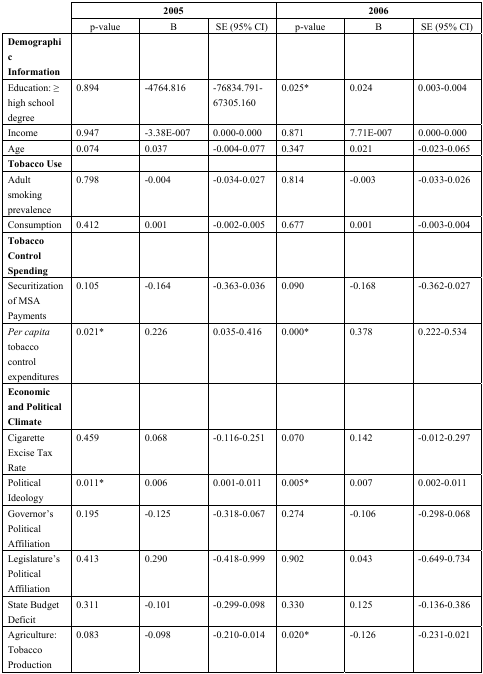
<table><thead><tr><td rowspan="2"></td><td colspan="3"><b>2005</b></td><td colspan="3"><b>2006</b></td></tr><tr><td><b>p-value</b></td><td><b>B</b></td><td><b>SE (95% CI)</b></td><td><b>p-value</b></td><td><b>B</b></td><td><b>SE (95% CI)</b></td></tr><tr><td><b>Demographi c Information</b></td><td></td><td></td><td></td><td></td><td></td><td></td></tr></thead><tbody><tr><td>Education:≥ high school degree</td><td>0.894</td><td>–4764.816</td><td>–76834.791–67305.160</td><td>0.025*</td><td>0.024</td><td>0.003–0.004</td></tr><tr><td>Income</td><td>0.947</td><td>–3.38E–007</td><td>0.000–0.000</td><td>0.871</td><td>7.71E–007</td><td>0.000–0.000</td></tr><tr><td>Age</td><td>0.074</td><td>0.037</td><td>–0.004–0.077</td><td>0.347</td><td>0.021</td><td>–0.023–0.065</td></tr><tr><td><b>Tobacco Use</b></td><td></td><td></td><td></td><td></td><td></td><td></td></tr><tr><td>Adult smoking prevalence</td><td>0.798</td><td>–0.004</td><td>–0.034–0.027</td><td>0.814</td><td>–0.003</td><td>–0.033–0.026</td></tr><tr><td>Consumption</td><td>0.412</td><td>0.001</td><td>–0.002–0.005</td><td>0.677</td><td>0.001</td><td>–0.003–0.004</td></tr><tr><td><b>Tobacco Control Spending</b></td><td></td><td></td><td></td><td></td><td></td><td></td></tr><tr><td>Securitization of MSA Payments</td><td>0.105</td><td>–0.164</td><td>–0.363–0.036</td><td>0.090</td><td>–0.168</td><td>–0.362–0.027</td></tr><tr><td><i>Per capita</i> tobacco control expenditures</td><td>0.021*</td><td>0.226</td><td>0.035–0.416</td><td>0.000*</td><td>0.378</td><td>0.222–0.534</td></tr><tr><td><b>Economic and Political Climate</b></td><td></td><td></td><td></td><td></td><td></td><td></td></tr><tr><td>Cigarette Excise Tax Rate</td><td>0.459</td><td>0.068</td><td>–0.116–0.251</td><td>0.070</td><td>0.142</td><td>–0.012–0.297</td></tr><tr><td>Political Ideology</td><td>0.011*</td><td>0.006</td><td>0.001–0.011</td><td>0.005*</td><td>0.007</td><td>0.002–0.011</td></tr><tr><td>Governor’s Political Affiliation</td><td>0.195</td><td>–0.125</td><td>–0.318–0.067</td><td>0.274</td><td>–0.106</td><td>–0.298–0.068</td></tr><tr><td>Legislature’s Political Affiliation</td><td>0.413</td><td>0.290</td><td>–0.418–0.999</td><td>0.902</td><td>0.043</td><td>–0.649–0.734</td></tr><tr><td>State Budget Deficit</td><td>0.311</td><td>–0.101</td><td>–0.299–0.098</td><td>0.330</td><td>0.125</td><td>–0.136–0.386</td></tr><tr><td>Agriculture: Tobacco Production</td><td>0.083</td><td>–0.098</td><td>–0.210–0.014</td><td>0.020*</td><td>–0.126</td><td>–0.231–0.021</td></tr></tbody></table>